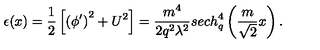
\epsilon ( x ) = \frac 1 2 \left[ \left( \phi ^ { \prime } \right) ^ { 2 } + U ^ { 2 } \right] = \frac { m ^ { 4 } } { 2 q ^ { 2 } \lambda ^ { 2 } } s e c h _ { q } ^ { 4 } \left( \frac { m } { \sqrt 2 } x \right) .